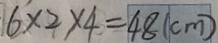
6 \times 2 \times 4 = 4 8 ( c m )